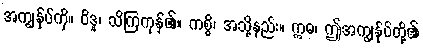
အကျွန်ုပ်ကို။ ဝိဒူ၊ သိကြကုန်၏။ ကစ္စိ၊ အသို့နည်း။ ဣဓ၊ ဤအကျွန်ုပ်တို့၏